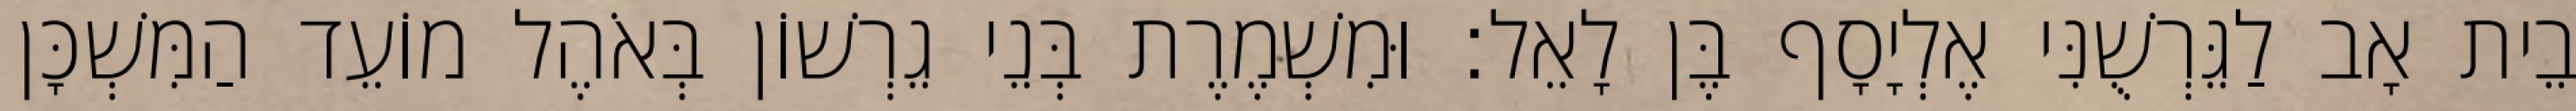
בֵית אָב לַגֵּרְשֻׁנִּי אֶלְיָסָף בֶּן לָאֵל׃ וּמִשְׁמֶרֶת בְּנֵי גֵרְשׁוֹן בְּאֹהֶל מוֹעֵד הַמִּשְׁכָּן